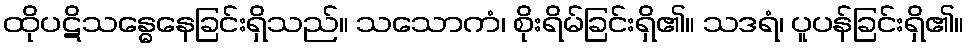
ထိုပဋိသန္ဓေနေခြင်းရှိသည်။ သသောကံ၊ စိုးရိမ်ခြင်းရှိ၏။ သဒရံ၊ ပူပန်ခြင်းရှိ၏။